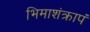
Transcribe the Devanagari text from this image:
भिमाशंक्रापं